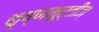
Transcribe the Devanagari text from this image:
कृष्णमूर्तीज्‌